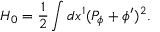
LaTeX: H _ { 0 } = { \frac { 1 } { 2 } } \int d x ^ { 1 } ( P _ { \phi } + \phi ^ { \prime } ) ^ { 2 } .